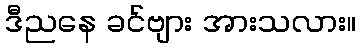
ဒီညနေ ခင်ဗျား အားသလား။